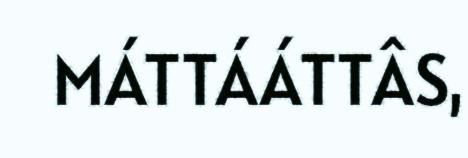
MÁTTÁÁTTÂS,